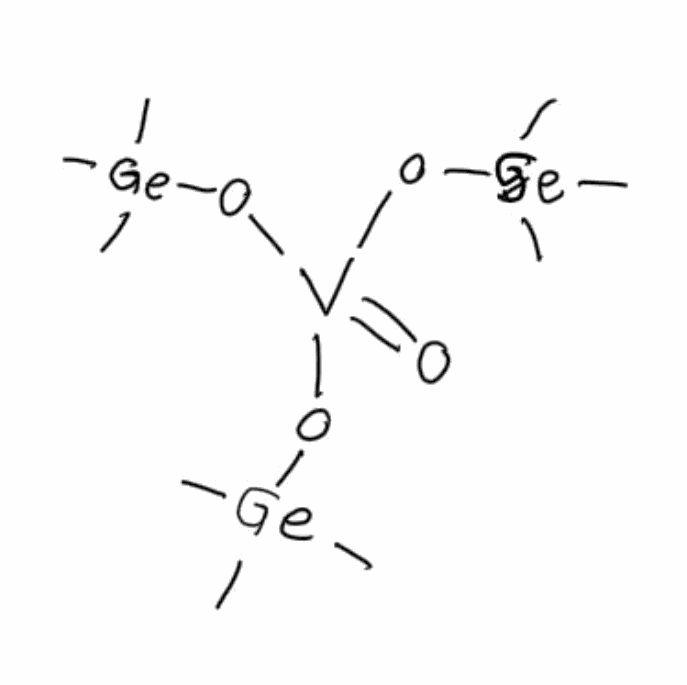
Simplified molecular-input line-entry system (SMILES) notation of the given molecule:
C[Ge](C)(C)O[V](=O)(O[Ge](C)(C)C)O[Ge](C)(C)C